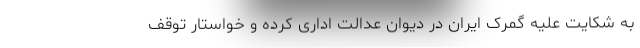
به شکایت علیه گمرک ایران در دیوان عدالت اداری کرده و خواستار توقف